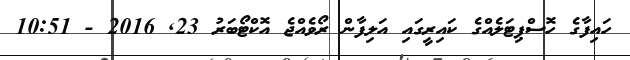
ހައިފާގެ ހޮސްޕިޓަލެއްގެ ކައިރީގައި އަލިފާން ރޯވެއްޖެ އޮކްޓޯބަރު 23